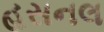
હસનલ